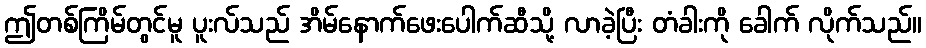
ဤတစ်ကြိမ်တွင်မူ ပူးလ်သည် အိမ်နောက်ဖေးပေါက်ဆီသို့ လာခဲ့ပြီး တံခါးကို ခေါက် လိုက်သည်။